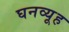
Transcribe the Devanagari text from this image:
घनव्यूह